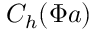
C _ { h } ( \Phi \boldsymbol { a } )